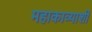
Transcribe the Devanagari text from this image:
महाकाव्याशी